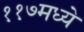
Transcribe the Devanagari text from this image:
११७मध्ये